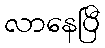
လာနေပြီ